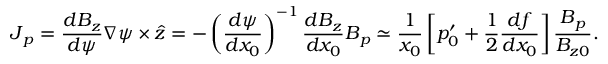
\boldsymbol { J } _ { p } = \frac { d B _ { z } } { d \psi } \nabla \psi \times \boldsymbol { \hat { z } } = - \left( \frac { d \psi } { d x _ { 0 } } \right) ^ { - 1 } \frac { d B _ { z } } { d x _ { 0 } } \boldsymbol { B } _ { p } \simeq \frac { 1 } { x _ { 0 } } \left[ p _ { 0 } ^ { \prime } + \frac { 1 } { 2 } \frac { d f } { d x _ { 0 } } \right] \frac { \boldsymbol { B } _ { p } } { B _ { z 0 } } .